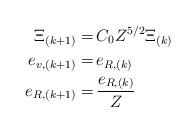
LaTeX: \begin{align*} \Xi_{(k+1)} = \, & C_{0} Z^{5/2} \Xi_{(k)} \\e_{v, (k+1)} = \, & e_{R, (k)} \\e_{R, (k+1)} = \, & \frac{e_{R, (k)}}{Z} \end{align*}